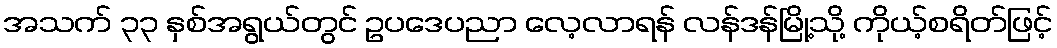
အသက် ၃၃ နှစ်အရွယ်တွင် ဥပဒေပညာ လေ့လာရန် လန်ဒန်မြို့သို့ ကိုယ့်စရိတ်ဖြင့်